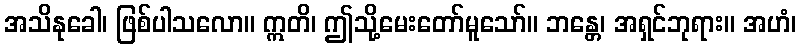
အသိနုခေါ၊ ဖြစ်ပါသလော။ ဣတိ၊ ဤသို့မေးတော်မူသော်။ ဘန္တေ၊ အရှင်ဘုရား။ အဟံ၊